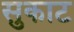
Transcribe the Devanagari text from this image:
सुकाट